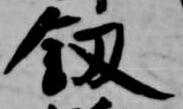
剱